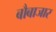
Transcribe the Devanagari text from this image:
बौबाजार